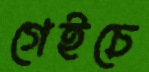
গেইচে